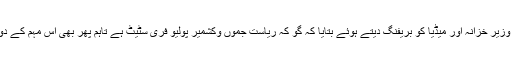
اس موقع پر ڈاکٹر سردار شبیر احمد خان پروگرام منیجر ای پی آئی آزادکشمیر نے وزیر خزانہ اور میڈیا کو بریفنگ دیتے ہوئے بتایا کہ گو کہ ریاست جموں وکشمیر پولیو فری سٹیٹ ہے تاہم پھر بھی اس مہم کے دوران 698984بچوں کو پولیو ویکسین اور وٹامن اے کے قطرے پلائے جائینگے۔